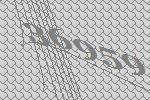
36959